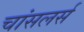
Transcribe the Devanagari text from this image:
चांसलर्स